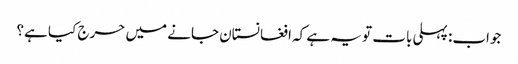
جواب: پہلی بات تو یہ ہے کہ افغانستان جانے میں حرج کیا ہے؟